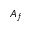
A _ { f }